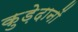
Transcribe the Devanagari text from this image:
कुड़ेदानों